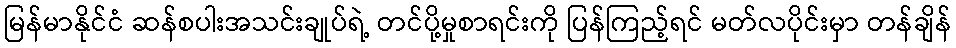
မြန်မာနိုင်ငံ ဆန်စပါးအသင်းချုပ်ရဲ့ တင်ပို့မှုစာရင်းကို ပြန်ကြည့်ရင် မတ်လပိုင်းမှာ တန်ချိန်